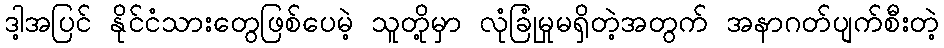
ဒါ့အပြင် နိုင်ငံသားတွေဖြစ်ပေမဲ့ သူတို့မှာ လုံခြုံမှုမရှိတဲ့အတွက် အနာဂတ်ပျက်စီးတဲ့